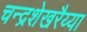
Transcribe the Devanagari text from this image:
चन्द्रशेखरैय्या